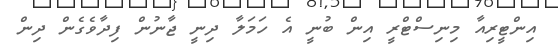
އިންޓީރިއާ މިނިސްޓްރީ އިން ބުނީ އެ ހަމަލާ ދިނީ ޖާނުން ފިދާވެގެން ދިން